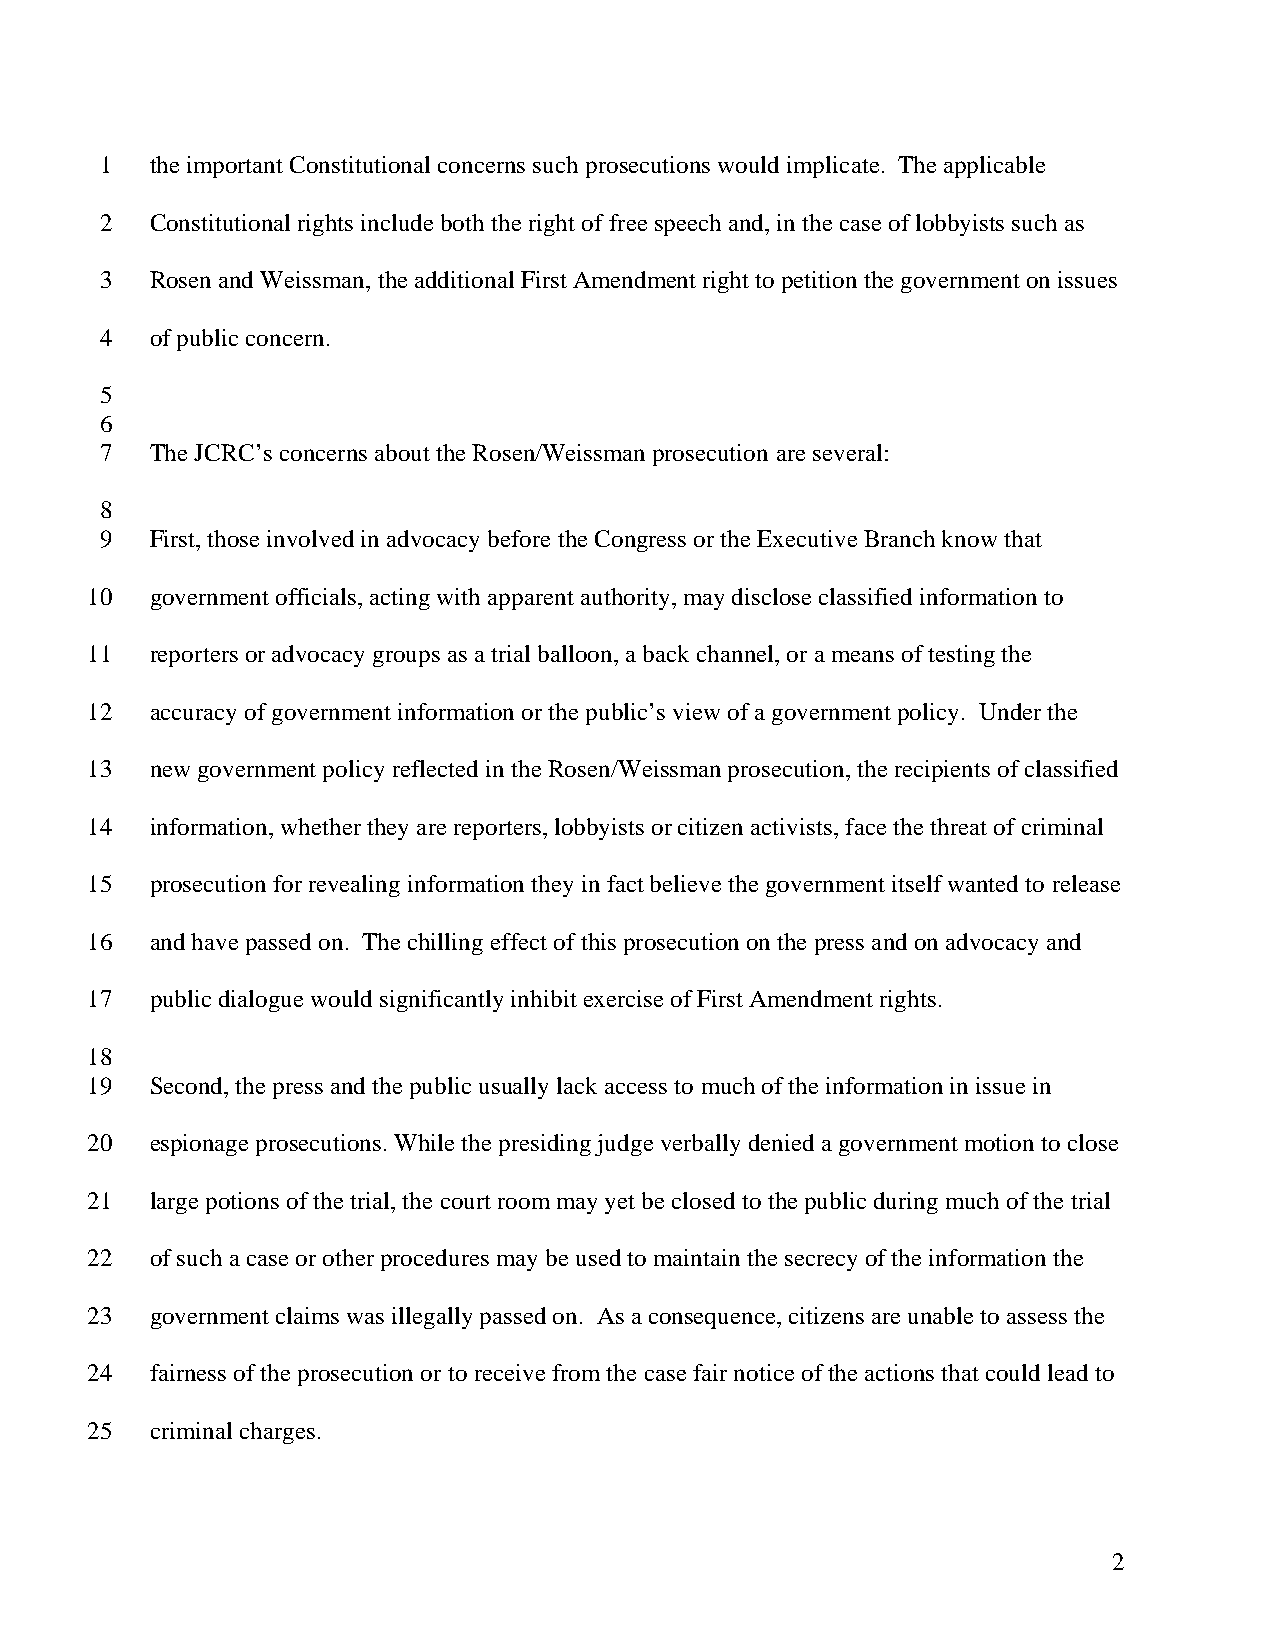
1  the important Constitutional concerns such prosecutions would implicate. The applicable
 2  Constitutional rights include both the right of free speech and, in the case of lobbyists such as
 3  Rosen and Weissman, the additional First Amendment right to petition the government on issues
 4  of public concern.
 5
 6
 7  The JCRC’s concerns about the Rosen/Weissman prosecution are several:
 8
 9  First, those involved in advocacy before the Congress or the Executive Branch know that
 10  government officials, acting with apparent authority, may disclose classified information to
 11  reporters or advocacy groups as a trial balloon, a back channel, or a means of testing the
 12  accuracy of government information or the public’s view of a government policy. Under the
 13  new government policy reflected in the Rosen/Weissman prosecution, the recipients of classified
 14  information, whether they are reporters, lobbyists or citizen activists, face the threat of criminal
 15  prosecution for revealing information they in fact believe the government itself wanted to release
 16  and have passed on. The chilling effect of this prosecution on the press and on advocacy and
 17  public dialogue would significantly inhibit exercise of First Amendment rights.
 18
 19  Second, the press and the public usually lack access to much of the information in issue in
 20  espionage prosecutions. While the presiding judge verbally denied a government motion to close
 21  large potions of the trial, the court room may yet be closed to the public during much of the trial
 22  of such a case or other procedures may be used to maintain the secrecy of the information the
 23  government claims was illegally passed on. As a consequence, citizens are unable to assess the
 24  fairness of the prosecution or to receive from the case fair notice of the actions that could lead to
 25  criminal charges.
 2